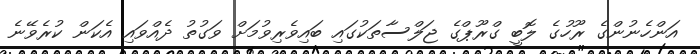
އަންހެނުންގެ ރޫހުގެ ލޮބީ ގްރޫޕްގެ ޖަލްސާތަކުގައި ބައިވެރިވުމަށް ވަގުތު ދެއްވައި އެކަން ކުރެވޭނެ